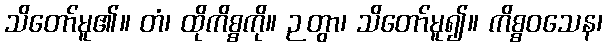
သိတော်မူ၏။ တံ၊ ထိုကိစ္စကို။ ဉတွာ၊ သိတော်မူ၍။ ကိစ္စဝသေန၊